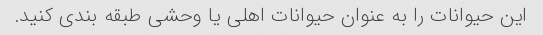
این حیوانات را به عنوان حیوانات اهلی یا وحشی طبقه بندی کنید.